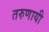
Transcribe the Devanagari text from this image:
तरुणायी